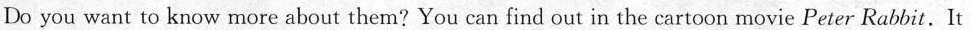
Do you want to know more about them?You can find out in the cartoon movie Peter Rabbit.It